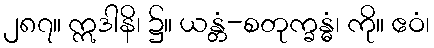
၂၈၇။ ဣဒါနိ၊ ၌။ ယန္တံ-စတုက္ခန္ဓံ၊ ကို။ ဧဝံ၊